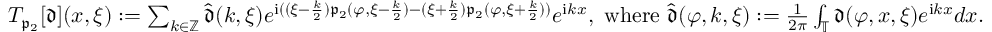
\begin{array} { r } { T _ { \mathfrak { p } _ { 2 } } [ \mathfrak { d } ] ( x , \xi ) : = \sum _ { k \in \mathbb { Z } } \widehat { \mathfrak { d } } ( k , \xi ) e ^ { \mathrm { i } ( ( \xi - \frac { k } { 2 } ) \mathfrak { p } _ { 2 } ( \varphi , \xi - \frac { k } { 2 } ) - ( \xi + \frac { k } 2 ) \mathfrak { p } _ { 2 } ( \varphi , \xi + \frac { k } 2 ) ) } e ^ { \mathrm { i } k x } , \mathrm { ~ w h e r e ~ } \widehat { \mathfrak { d } } ( \varphi , k , \xi ) : = \frac { 1 } { 2 \pi } \int _ { \mathbb { T } } \mathfrak { d } ( \varphi , x , \xi ) e ^ { \mathrm { i } k x } d x . } \end{array}